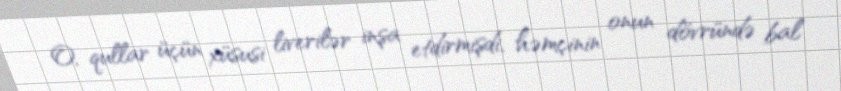
O, qullar üçün xüsusi liverilər inşa etdirmişdi, həmçinin onun dövründə bal